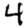
Digit: 4